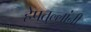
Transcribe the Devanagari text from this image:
हेपतुल्लांनी